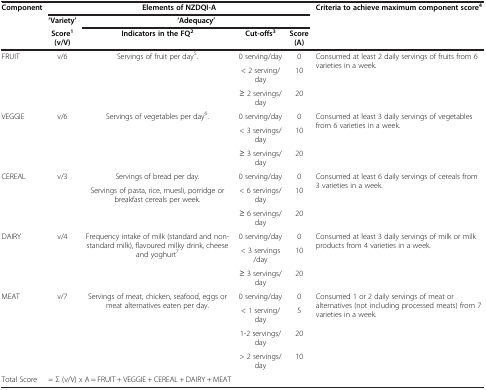
| Component | <COLSPAN=4> Elements of NZDQI-A | Criteria to achieve maximum component score4 |
 |  | ‘Variety’ | <COLSPAN=3> ‘Adequacy’ |  |
 |  | Score1 (v/V) | Indicators in the FQ2 | Cut-offs3 | Score (A) |  |
 | --- | --- | --- | --- | --- | --- |
 | <ROWSPAN=3> FRUIT | <ROWSPAN=3> v/6 | <ROWSPAN=3> Servings of fruit per day5. | 0 serving/day | 0 | <ROWSPAN=3> Consumed at least 2 daily servings of fruits from 6 varieties in a week. |
 | < 2 serving/day | 10 |
 | ≥ 2 servings/day | 20 |
 | <ROWSPAN=3> VEGGIE | <ROWSPAN=3> v/6 | <ROWSPAN=3> Servings of vegetables per day6. | 0 serving/day | 0 | <ROWSPAN=3> Consumed at least 3 daily servings of vegetables from 6 varieties in a week. |
 | < 3 servings/day | 10 |
 | ≥ 3 servings/day | 20 |
 | <ROWSPAN=3> CEREAL | <ROWSPAN=3> v/3 | Servings of bread per day. | 0 serving/day | 0 | <ROWSPAN=3> Consumed at least 6 daily servings of cereals from 3 varieties in a week. |
 | <ROWSPAN=2> Servings of pasta, rice, muesli, porridge or breakfast cereals per week. | < 6 servings/day | 10 |
 | ≥ 6 servings/day | 20 |
 | <ROWSPAN=3> DAIRY | <ROWSPAN=3> v/4 | <ROWSPAN=3> Frequency intake of milk (standard and non-standard milk), flavoured milky drink, cheese and yoghurt7 | 0 serving/day | 0 | <ROWSPAN=3> Consumed at least 3 daily servings of milk or milk products from 4 varieties in a week. |
 | < 3 servings /day | 10 |
 | ≥ 3 servings/day | 20 |
 | <ROWSPAN=4> MEAT | <ROWSPAN=4> v/7 | <ROWSPAN=4> Servings of meat, chicken, seafood, eggs or meat alternatives eaten per day. | 0 serving/day | 0 | <ROWSPAN=4> Consumed 1 or 2 daily servings of meat or alternatives (not including processed meats) from 7 varieties in a week. |
 | < 1 serving/day | 5 |
 | 1-2 servings/day | 20 |
 | > 2 servings/day | 10 |
 | Total Score | <COLSPAN=5> = Σ (v/V) x A = FRUIT + VEGGIE + CEREAL + DAIRY + MEAT |